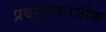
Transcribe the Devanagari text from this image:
प्रवरपुरानजीक